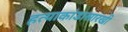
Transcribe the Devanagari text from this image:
हत्याकांडासारखी